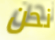
نحن